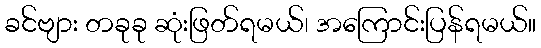
ခင်ဗျား တခုခု ဆုံးဖြတ်ရမယ်၊ အကြောင်းပြန်ရမယ်။